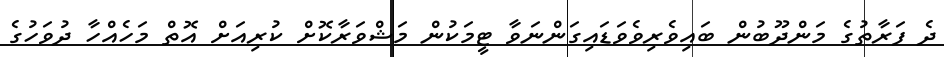
ދެ ފަރާތުގެ މަންދޫބުން ބައިވެރިވެވަޑައިގަންނަވާ ޓީމަކުން މަޝްވަރާކޮށް ކުރިއަށް އޮތް މަހެއްހާ ދުވަހުގެ